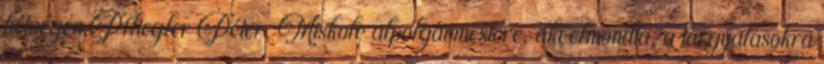
hétvégén Pfliegler Péter, Miskolc alpolgármestere, aki elmondta, a tárgyalásokra